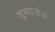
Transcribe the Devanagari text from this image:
शुभदर्शक